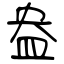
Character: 盎